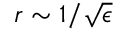
r \sim 1 / \sqrt { \epsilon }